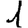
Digit: 1